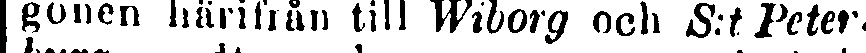
gonen härifrån till Wiborg och S:tPeter-